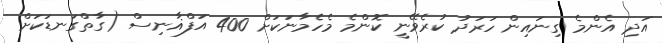
އަދި އެންމެ ގިނައިން ހަރަދު ކުރެވޭނީ ކޮންމެ މެހެމާނަކަށް 400 އަފްޣާނިސް (ގާތްގަނޑަކަށް